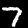
Digit: 7